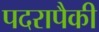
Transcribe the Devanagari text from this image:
पदरापैकी